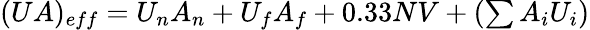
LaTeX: \begin{array}{r}{(UA)_{eff}=U_{n}A_{n}+U_{f}A_{f}+0.33NV+(\sum{A_{i}U_{i}})}\end{array}